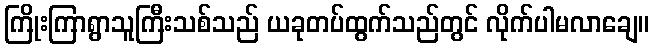
ကြိုးကြာရွာသူကြီးသစ်သည် ယခုတပ်ထွက်သည်တွင် လိုက်ပါမလာချေ။